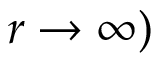
r \rightarrow \infty )